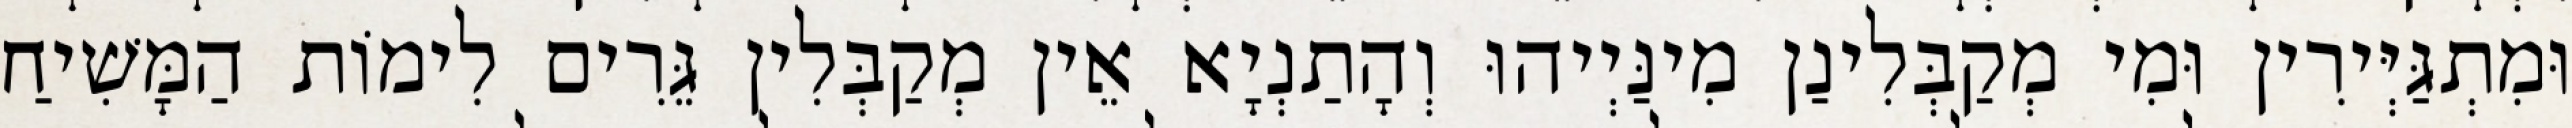
וּמִתְגַּיְּירִין וּמִי מְקַבְּלִינַן מִינַּיְיהוּ וְהָתַנְיָא אֵין מְקַבְּלִין גֵּרִים לִימוֹת הַמָּשִׁיחַ